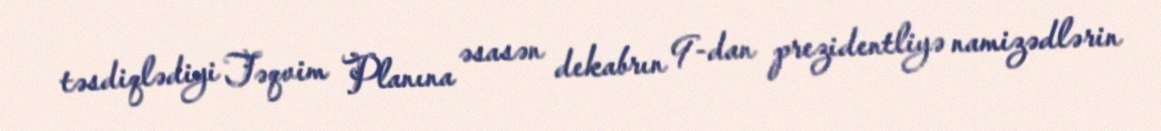
təsdiqlədiyi Təqvim Planına əsasən dekabrın 9-dan prezidentliyə namizədlərin